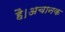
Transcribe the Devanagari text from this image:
है।अचानक